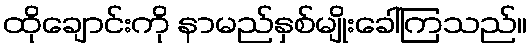
ထိုချောင်းကို နာမည်နှစ်မျိုးခေါ်ကြသည်။